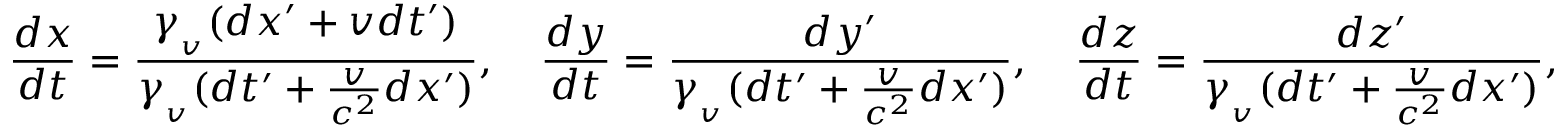
{ \frac { d x } { d t } } = { \frac { \gamma _ { _ { v } } ( d x ^ { \prime } + v d t ^ { \prime } ) } { \gamma _ { _ { v } } ( d t ^ { \prime } + { \frac { v } { c ^ { 2 } } } d x ^ { \prime } ) } } , \quad { \frac { d y } { d t } } = { \frac { d y ^ { \prime } } { \gamma _ { _ { v } } ( d t ^ { \prime } + { \frac { v } { c ^ { 2 } } } d x ^ { \prime } ) } } , \quad { \frac { d z } { d t } } = { \frac { d z ^ { \prime } } { \gamma _ { _ { v } } ( d t ^ { \prime } + { \frac { v } { c ^ { 2 } } } d x ^ { \prime } ) } } ,